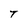
Character: T